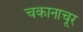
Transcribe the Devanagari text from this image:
चकानाचूर